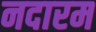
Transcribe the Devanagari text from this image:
नदारम